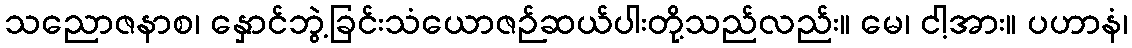
သညောဇနာစ၊ နှောင်ဘွဲ့ခြင်းသံယောဇဉ်ဆယ်ပါးတို့သည်လည်း။ မေ၊ ငါ့အား။ ပဟာနံ၊